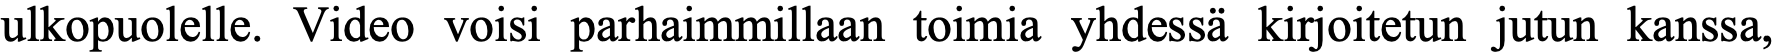
ulkopuolelle. Video voisi parhaimmillaan toimia yhdessä kirjoitetun jutun kanssa,